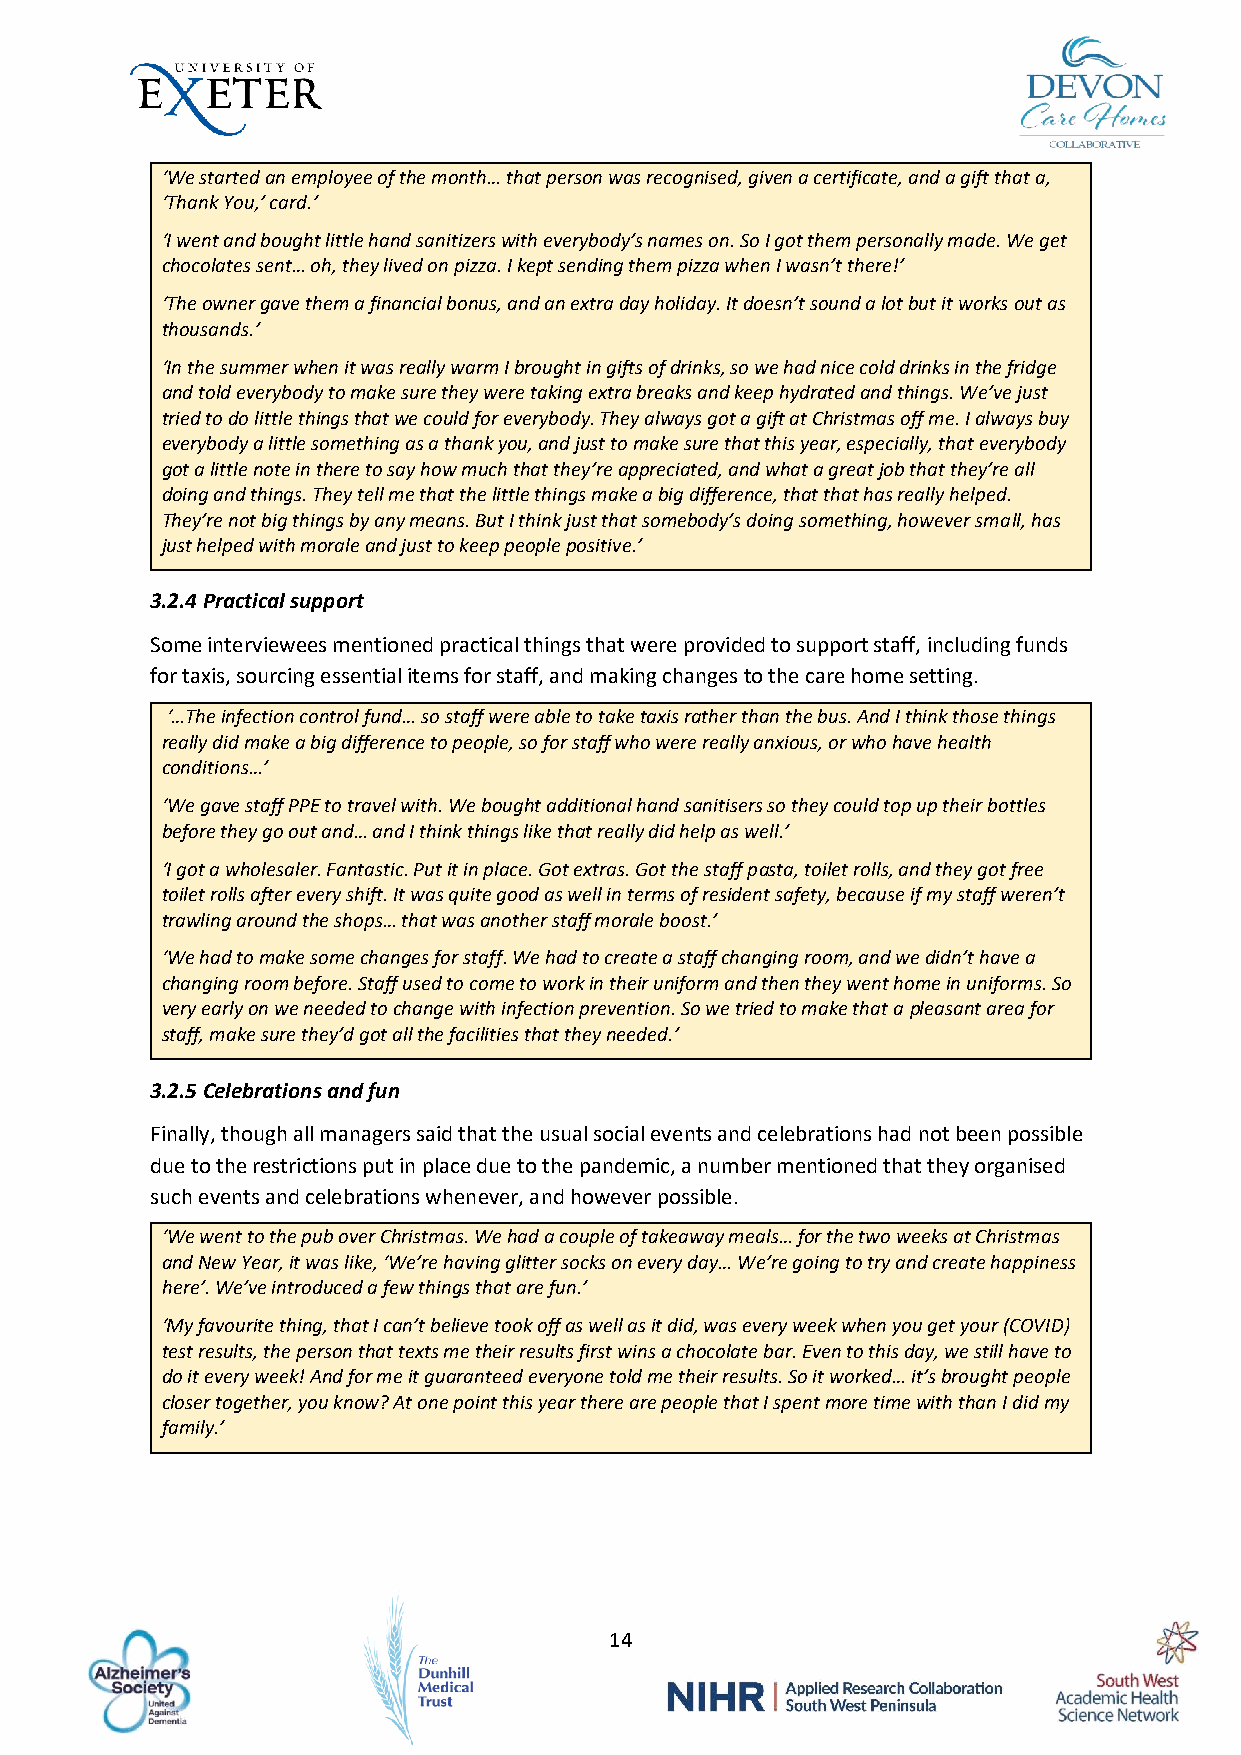
‘We started an employee of the month… that person was recognised, given a certificate, and a gift that a,
 ‘Thank You,’ card.’
 ‘I went and bought little hand sanitizers with everybody’s names on. So I got them personally made. We get
 chocolates sent… oh, they lived on pizza. I kept sending them pizza when I wasn’t there!’
 ‘The owner gave them a financial bonus, and an extra day holiday. It doesn’t sound a lot but it works out as
 thousands.’
 ‘In the summer when it was really warm I brought in gifts of drinks, so we had nice cold drinks in the fridge
 and told everybody to make sure they were taking extra breaks and keep hydrated and things. We’ve just
 tried to do little things that we could for everybody. They always got a gift at Christmas off me. I always buy
 everybody a little something as a thank you, and just to make sure that this year, especially, that everybody
 got a little note in there to say how much that they’re appreciated, and what a great job that they’re all
 doing and things. They tell me that the little things make a big difference, that that has really helped.
 They’re not big things by any means. But I think just that somebody’s doing something, however small, has
 just helped with morale and just to keep people positive.’
 3.2.4 Practical support
 Some interviewees mentioned practical things that were provided to support staff, including funds
 for taxis, sourcing essential items for staff, and making changes to the care home setting.
 ‘…The infection control fund… so staff were able to take taxis rather than the bus. And I think those things
 really did make a big difference to people, so for staff who were really anxious, or who have health
 conditions…’
 ‘We gave staff PPE to travel with. We bought additional hand sanitisers so they could top up their bottles
 before they go out and… and I think things like that really did help as well.’
 ‘I got a wholesaler. Fantastic. Put it in place. Got extras. Got the staff pasta, toilet rolls, and they got free
 toilet rolls after every shift. It was quite good as well in terms of resident safety, because if my staff weren’t
 trawling around the shops… that was another staff morale boost.’
 ‘We had to make some changes for staff. We had to create a staff changing room, and we didn’t have a
 changing room before. Staff used to come to work in their uniform and then they went home in uniforms. So
 very early on we needed to change with infection prevention. So we tried to make that a pleasant area for
 staff, make sure they’d got all the facilities that they needed.’
 3.2.5 Celebrations and fun
 Finally, though all managers said that the usual social events and celebrations had not been possible
 due to the restrictions put in place due to the pandemic, a number mentioned that they organised
 such events and celebrations whenever, and however possible.
 ‘We went to the pub over Christmas. We had a couple of takeaway meals… for the two weeks at Christmas
 and New Year, it was like, ‘We’re having glitter socks on every day… We’re going to try and create happiness
 here’. We’ve introduced a few things that are fun.’
 ‘My favourite thing, that I can’t believe took off as well as it did, was every week when you get your (COVID)
 test results, the person that texts me their results first wins a chocolate bar. Even to this day, we still have to
 do it every week! And for me it guaranteed everyone told me their results. So it worked… it’s brought people
 closer together, you know? At one point this year there are people that I spent more time with than I did my
 family.’
 14